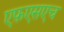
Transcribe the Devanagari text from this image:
एफ़एसएच